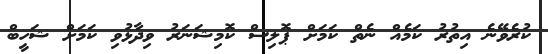
ކުރެވޭނެ އިތުރު ކަމެއް ނެތް ކަމަށް ޕޮލިސް ކޮމިޝަނަރު ވިދާޅުވި ކަމަށް ޝަހީބް